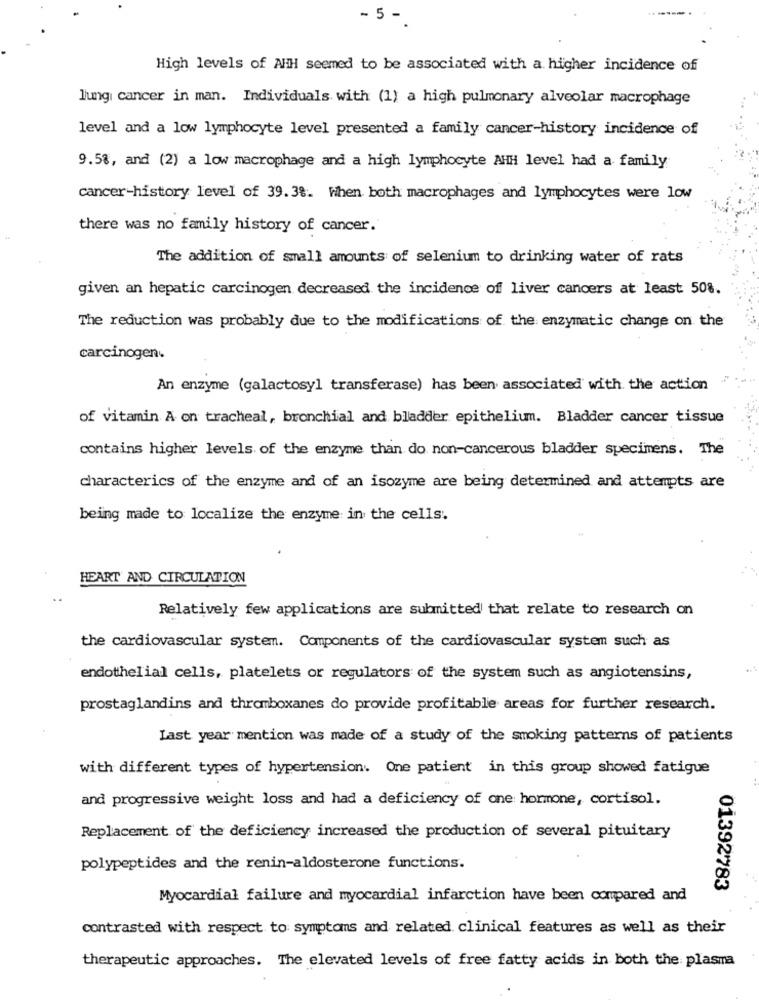
- 5 -
High levels of AHH seemed to be associated with a higher incidence of
lung cancer in man. Individuals with (1) a high pulmonary alveolar macrophage
level and a low lymphocyte level presented a family cancer-history incidence of
9.5%, and (2) a low macrophage and a high lymphocyte AHH level had a family
cancer-history level of 39.3%. When both macrophages and lymphocytes were low
there was no family history of cancer.'
The addition of small amounts of selenium to drinking water of rats
given an hepatic carcinogen decreased the incidence of liver cancers at least 50%.
The reduction was probably due to the modifications of the enzymatic change on the
carcinogen.
An enzyme (galactosyl transferase) has been associated with the action
of vitamin A on tracheal, bronchial and bladder epithelium. Bladder cancer tissue
contains higher levels of the enzyme than do non-cancerous bladder specimens. The
characterics of the enzyme and of an isozyme are being determined and attempts are
being made to localize the enzyme in the cells.
HEART AND CIRCULATION
Relatively few applications are submitted that relate to research on
the cardiovascular system. Components of the cardiovascular system such as
endothelial cells, platelets or regulators of the system such as angiotensins,
prostaglandins and thromboxanes do provide profitable areas for further research.
Last year mention was made of a study of the smoking patterns of patients
with different types of hypertension. One patient in this group showed fatigue
and progressive weight loss and had a deficiency of one hormone, cortisol.
Replacement of the deficiency increased the production of several pituitary
polypeptides and the renin-aldosterone functions.
01392783
Myocardial failure and myocardial infarction have been compared and
contrasted with respect to symptoms and related clinical features as well as their
therapeutic approaches. The elevated levels of free fatty acids in both the plasma